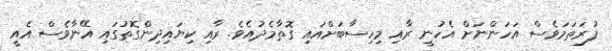
ފުރަތަމަވެސް އަހަންނަށް އެހުނީ ރާއި މިހިސާބަށްއައި ގޮތާމެދުއެވެ. ރާއި ކިޔައިދިންގޮތުގައި އޭނާވެސް އެއީ